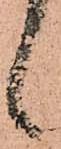
候